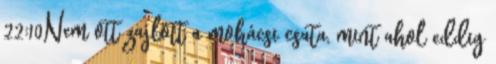
22:10Nem ott zajlott a mohácsi csata, mint ahol eddig